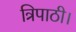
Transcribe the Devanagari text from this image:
त्रिपाठी।